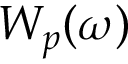
W _ { p } ( \omega )